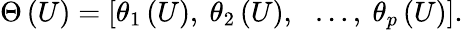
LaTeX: \Theta\left(U\right)=\left[\theta_{1}\left(U\right),{\ \theta}_{2}\left(U\right),\ \ \ldots,\ \theta_{p}\left(U\right)\right].